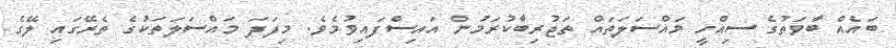
ބައެއް ބާވަތުގެ ސިއްހީ މައްސަލަތައް ތަޖުރިބާކުރަމުން އައިސްފައިވުމެވެ. މިފަދަ މައްސަލަތަކުގެ ތެރޭގައި ލޭގެ